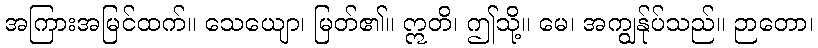
အကြားအမြင်ထက်။ သေယျော၊ မြတ်၏။ ဣတိ၊ ဤသို့။ မေ၊ အကျွန်ုပ်သည်။ ဉာတော၊